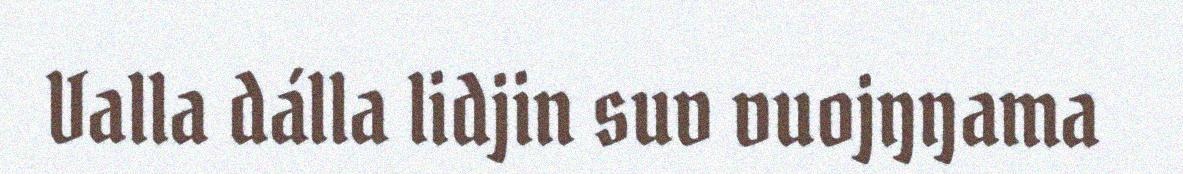
Valla dálla lidjin suv vuojŋŋama